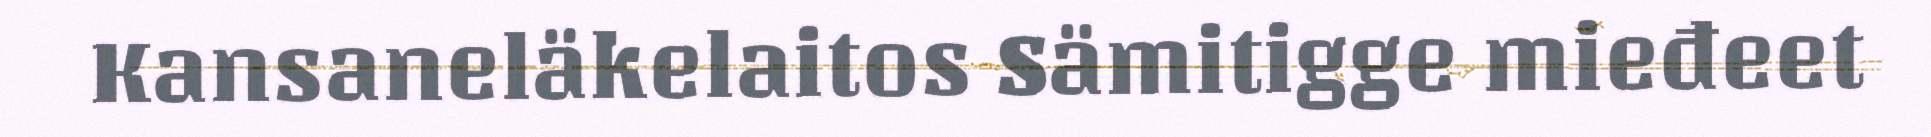
Kansaneläkelaitos Sämitigge mieđeet